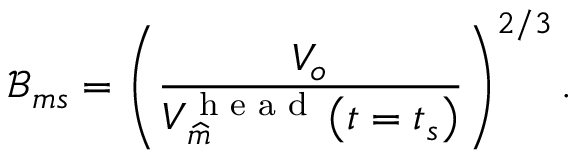
\mathcal { B } _ { m s } = \left( \frac { V _ { o } } { V _ { \widehat { m } } ^ { \textrm { h e a d } } \left( t = t _ { s } \right) } \right) ^ { 2 / 3 } .